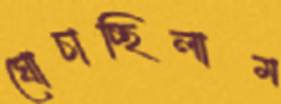
ঘোচাচ্ছিলাম